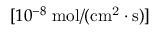
[ 1 0 ^ { - 8 } \; \mathrm { m o l / ( c m ^ { 2 } \cdot s ) } ]